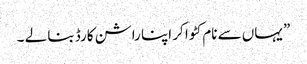
” یہاں سے نام کٹوا کر اپنا راشن کارڈ بنا لے ۔